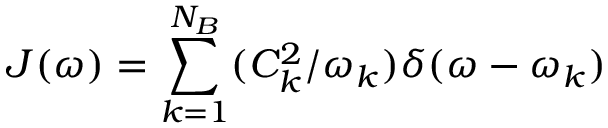
J ( \omega ) = \sum _ { k = 1 } ^ { N _ { B } } ( C _ { k } ^ { 2 } / \omega _ { k } ) \delta ( \omega - \omega _ { k } )